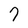
Character: 7